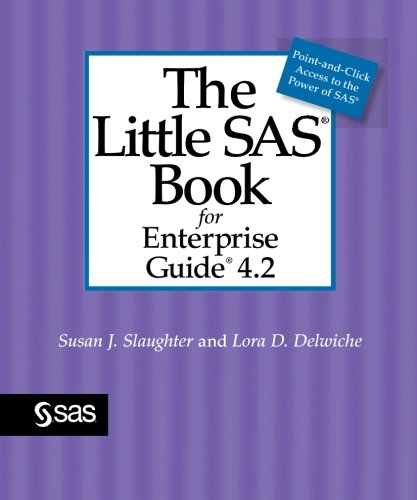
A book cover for The Little SAS Book for Enterprise Guide 4.2; Susan J. Slaughter; Computers & Technology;